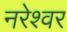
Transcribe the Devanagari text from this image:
नरेश्वर